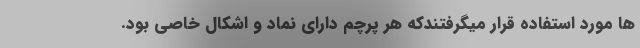
ها مورد استفاده قرار میگرفتندکه هر پرچم دارای نماد و اشکال خاصی بود.